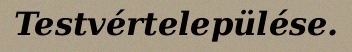
Testvértelepülése.